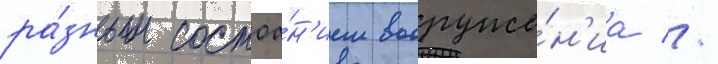
ра́зным состоа́н'ием вооруже́н'иа //